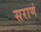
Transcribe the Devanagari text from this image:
सराणं